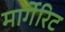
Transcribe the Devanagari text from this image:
मार्गेरिट